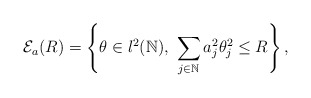
\begin{align*}\mathcal{E}_{a}(R) = \left\lbrace \theta\in l^2(\mathbb{N}), \ \sum_{j \in \mathbb{N}} a_j^2 \theta_j^2 \leq R \right\rbrace,\end{align*}